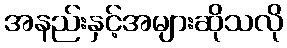
အနည်းနှင့်အများဆိုသလို